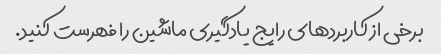
برخی از کاربردهای رایج یادگیری ماشین را فهرست کنید.